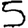
Digit: 5